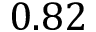
0 . 8 2